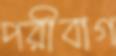
পরীবাগ